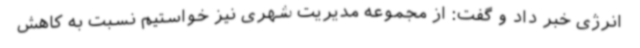
انرژی خبر داد و گفت: از مجموعه مدیریت شهری نیز خواستیم نسبت به کاهش